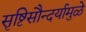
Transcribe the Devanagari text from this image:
सृष्टिसौन्दर्यामुळे